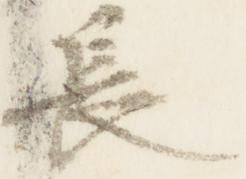
長